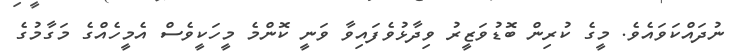
ނުދައްކަވައެވެ. މީގެ ކުރިން ބޮޑުވަޒީރު ވިދާޅުވެފައިވާ ވަނީ ކޮންމެ މީހަކީވެސް އެމީހެއްގެ މަގާމުގެ